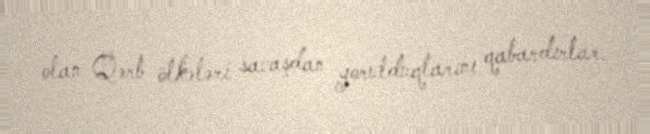
olan Qərb ölkələri savaşdan yorulduqlarını qabardırlar.